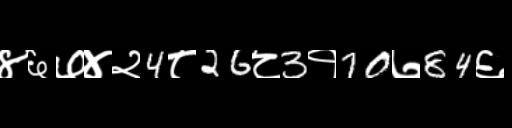
Text: ४६७४२4८26८3१70७84६